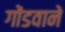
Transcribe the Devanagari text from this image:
गोंडवाने